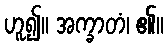
ဟူ၍။ အက္ခာတံ၊ ၏။